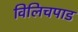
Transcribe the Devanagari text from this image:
विलिचपाड